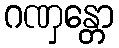
ဂဏှန္တော